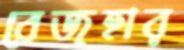
বেজহার